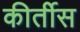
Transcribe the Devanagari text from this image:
कीर्तीस